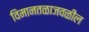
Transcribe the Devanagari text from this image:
विमानतळाजवळील